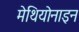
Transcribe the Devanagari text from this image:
मेथियोनाइन